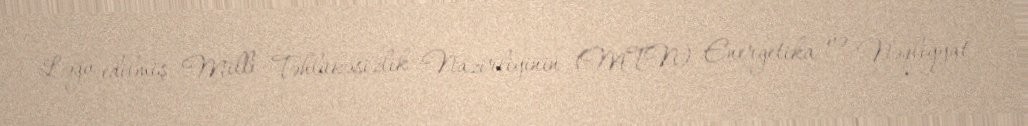
Ləğv edilmiş Milli Təhlükəsizlik Nazirliyinin (MTN) Energetika və Nəqliyyat